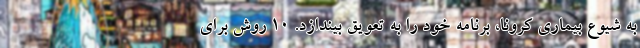
به شیوع بیماری کرونا، برنامه خود را به تعویق بیندازد. 10 روش برای